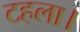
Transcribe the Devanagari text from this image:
टहला।